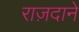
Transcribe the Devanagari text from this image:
राज़दाने